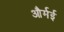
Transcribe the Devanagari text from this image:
और्मई